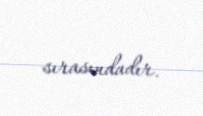
sırasındadır.